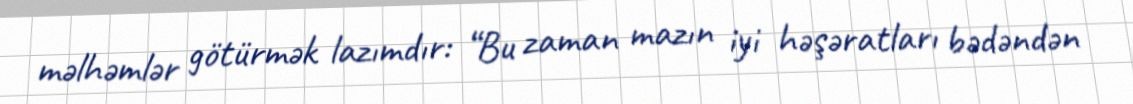
məlhəmlər götürmək lazımdır: “Bu zaman mazın iyi həşəratları bədəndən